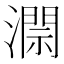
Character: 𱩐